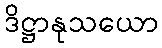
ဒိဋ္ဌာနုသယော